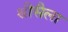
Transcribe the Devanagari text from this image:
श्रीसैला